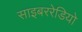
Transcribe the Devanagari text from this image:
साइबररेडियो